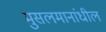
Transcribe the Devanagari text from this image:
मुसलमानांधील